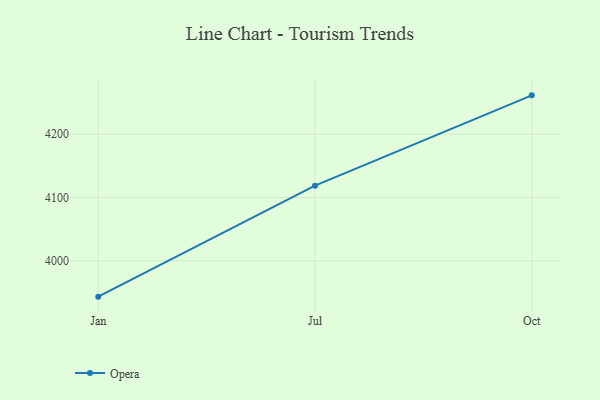
{"axis": {"x": "Month", "y": "Active Users"}, "legend": ["Opera"], "data": [{"x": "Jan", "y": 3943.3, "type": "Opera"}, {"x": "Jul", "y": 4118.8, "type": "Opera"}, {"x": "Oct", "y": 4261.5, "type": "Opera"}]}